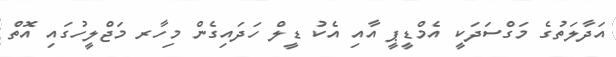
އަދާލަތުގެ މަގްސަދަކީ އެމްޑީޕީ އާއި އެކު ޑީލް ހަދައިގެން މިހާރ މަޖްލީހުގައި އޮތް